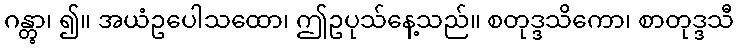
ဂန္တွာ၊ ၍။ အယံဥပေါသထော၊ ဤဥပုသ်နေ့သည်။ စတုဒ္ဒသိကော၊ စာတုဒ္ဒသီ